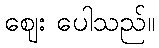
ဈေး ပေါသည်။